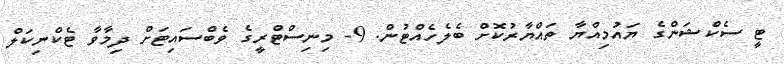
ޓީ ސެކްޝަންގެ ޔައުމިއްޔާ ތައްޔާރުކޮށް ބެލެހެއްޓުން. 9- މިނިސްޓްރީގެ ވެބްސައިޓަށް ދިމާވާ ޓެކްނިކަލް